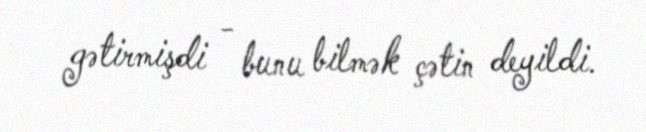
gətirmişdi - bunu bilmək çətin deyildi.